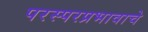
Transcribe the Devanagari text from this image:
परस्परप्रभावाचे